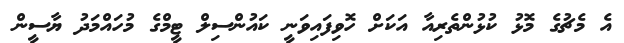
އެ މެޗުގެ މޮޅު ކުޅުންތެރިއާ އަކަށް ހޮވިފައިވަނީ ކައުންސިލް ޓީމްގެ މުހައްމަދު ޔާސީން